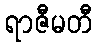
ရာဇီမတီ